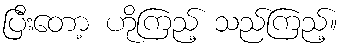
ပြီးတော့ ဟိုကြည့် သည်ကြည့်။